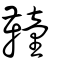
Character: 𩍅